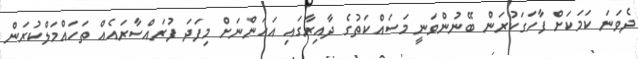
ދެވަނަ ކަމަކަށް ފާހަގަކުރަން ބޭނުންވަނީ މަސައްކަތުގެ ދާއިރާގައި އަހަންނަށް މިފަދަ ފުރައްސާރައެއް ތަހައްމަލްކުރަން